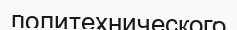
политехнического